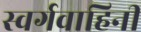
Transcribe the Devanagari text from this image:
स्वर्गवाहिनी